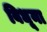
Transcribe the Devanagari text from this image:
बिधूना